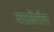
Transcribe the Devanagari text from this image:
वरळीतील